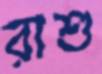
রাশু